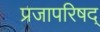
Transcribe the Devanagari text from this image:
प्रजापरिषद्